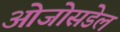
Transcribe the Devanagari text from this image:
ओजोसडेल